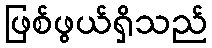
ဖြစ်ဖွယ်ရှိသည်